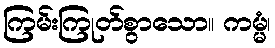
ကြမ်းကြုတ်စွာသော။ ကမ္မံ၊